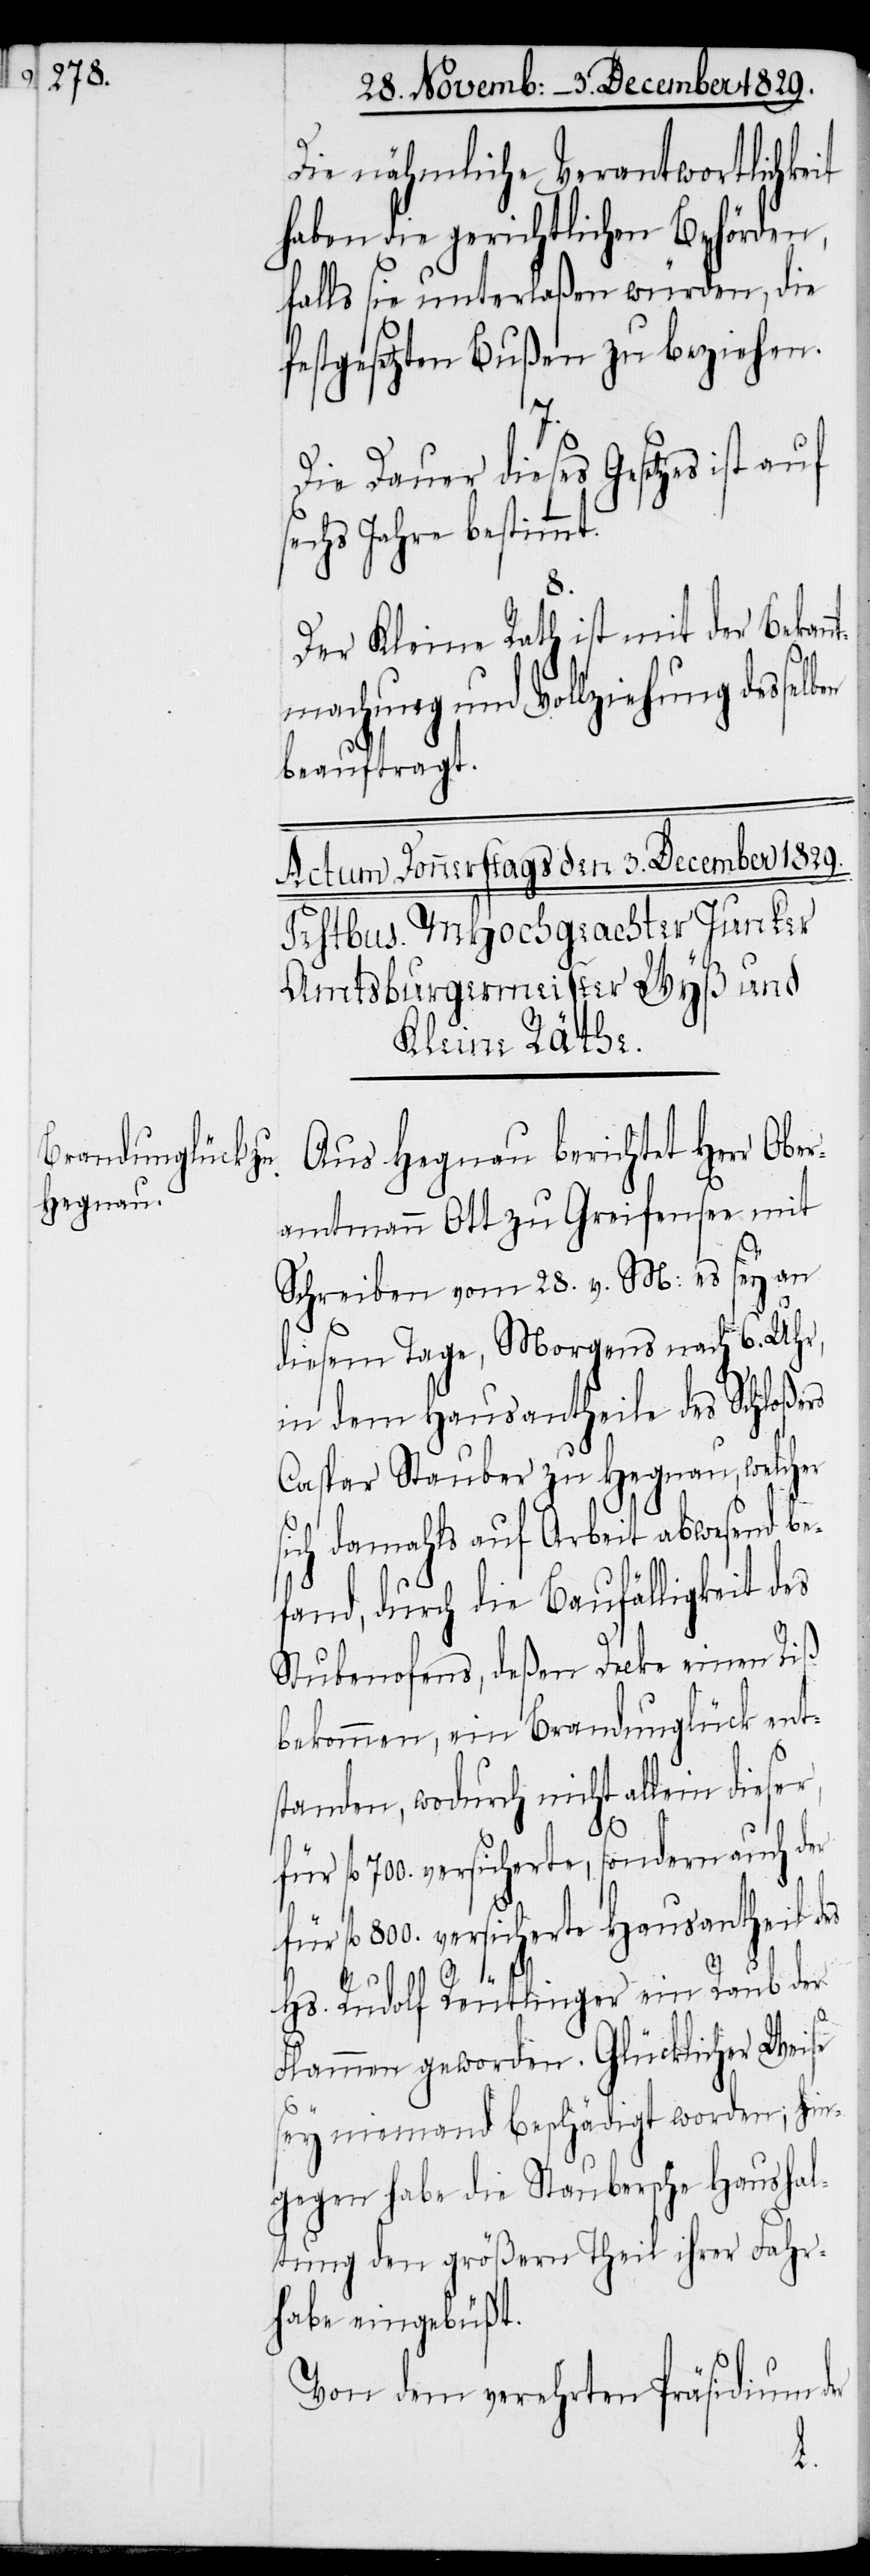
Die nähmliche Verantwortlichkeit
haben die gerichtlichen Behörden,
falls sie unterlaßen würden, die
festgesetzten Bußen zu beziehen.
Die Dauer dieses Gesetzes ist
sechs Jahre bestimmt.
Der Kleine Rath ist mit der Bekan¬
machung und Vollziehung dessel¬
beauftragt.
Aus Hegnau berichtet Herr Ober¬
amtmann Ott zu Greifensee mit
Schreiben vom 28. v. M: es sey an
diesem Tage, Morgens nach 6. Uhr,
in dem Hausantheile des Schloßes
Caspar Stauber zu Hegnau, welcher
ich damahls auf Arbeit abwesend be¬
fand, durch die Baufälligkeit des
Stubenofens, deßen Decke einen Riß
bekommen, ein Brandunglück ent¬
standen, wodurch nicht allein dieser,
fl. 700. versicherte, sondern auch der
fl. 800. versicherte Hausantheil des
Hs. Rudolf Reutlinger ein Raub der
Flammen geworden. Glücklicher Weise
sey niemand beschädigt worden; hin¬
gegen habe die Staubersche Haushal¬
tung den größern Theil ihrer Fahr¬
habe eingebüßt.
Von dem verehrten Präsidium der
s¬